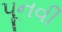
પૂનવી